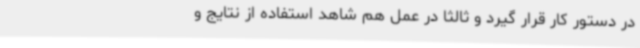
در دستور کار قرار گیرد و ثالثا در عمل هم شاهد استفاده از نتایج و